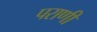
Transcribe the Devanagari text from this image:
पराणी